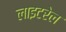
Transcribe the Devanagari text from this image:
लाइटरेल